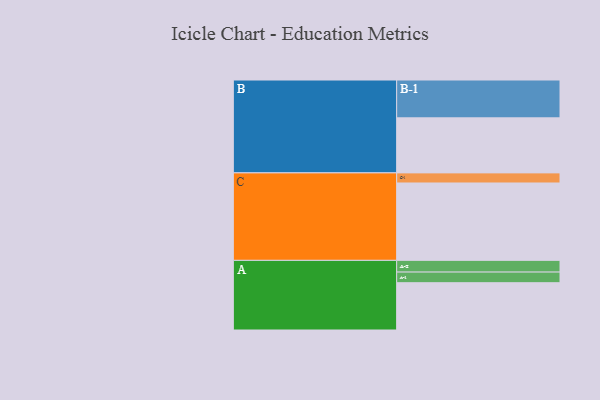
{"axis": {"x": "Segment", "y": "Value"}, "legend": ["", "A", "B", "C"], "data": [{"x": "A", "y": 360, "type": ""}, {"x": "B", "y": 419, "type": ""}, {"x": "C", "y": 589, "type": ""}, {"x": "A-1", "y": 81, "type": "A"}, {"x": "A-2", "y": 89, "type": "A"}, {"x": "B-1", "y": 288, "type": "B"}, {"x": "C-1", "y": 77, "type": "C"}]}